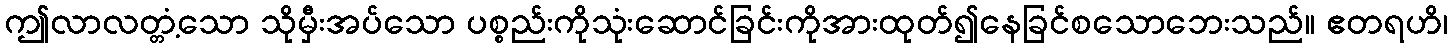
ဤလာလတ္တံ့သော သိုမှီးအပ်သော ပစ္စည်းကိုသုံးဆောင်ခြင်းကိုအားထုတ်၍နေခြင်စသောဘေးသည်။ ဧတရဟိ၊